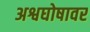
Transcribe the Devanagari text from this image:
अश्वघोषावर